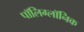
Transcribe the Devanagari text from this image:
पॉलिग्लॉनिक